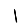
Digit: 1